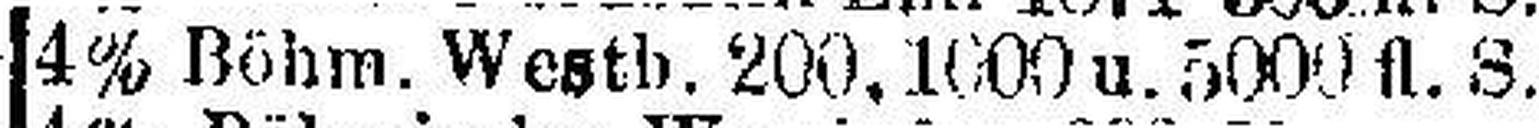
4% Böhm. Westb. 200.1000 u. 5000 fl. S.